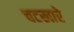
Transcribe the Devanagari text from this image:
चटखारे